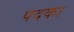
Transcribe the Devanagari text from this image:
पदका